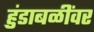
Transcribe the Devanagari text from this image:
हुंडाबळींवर